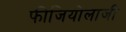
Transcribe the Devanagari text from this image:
फीजियोलाजी